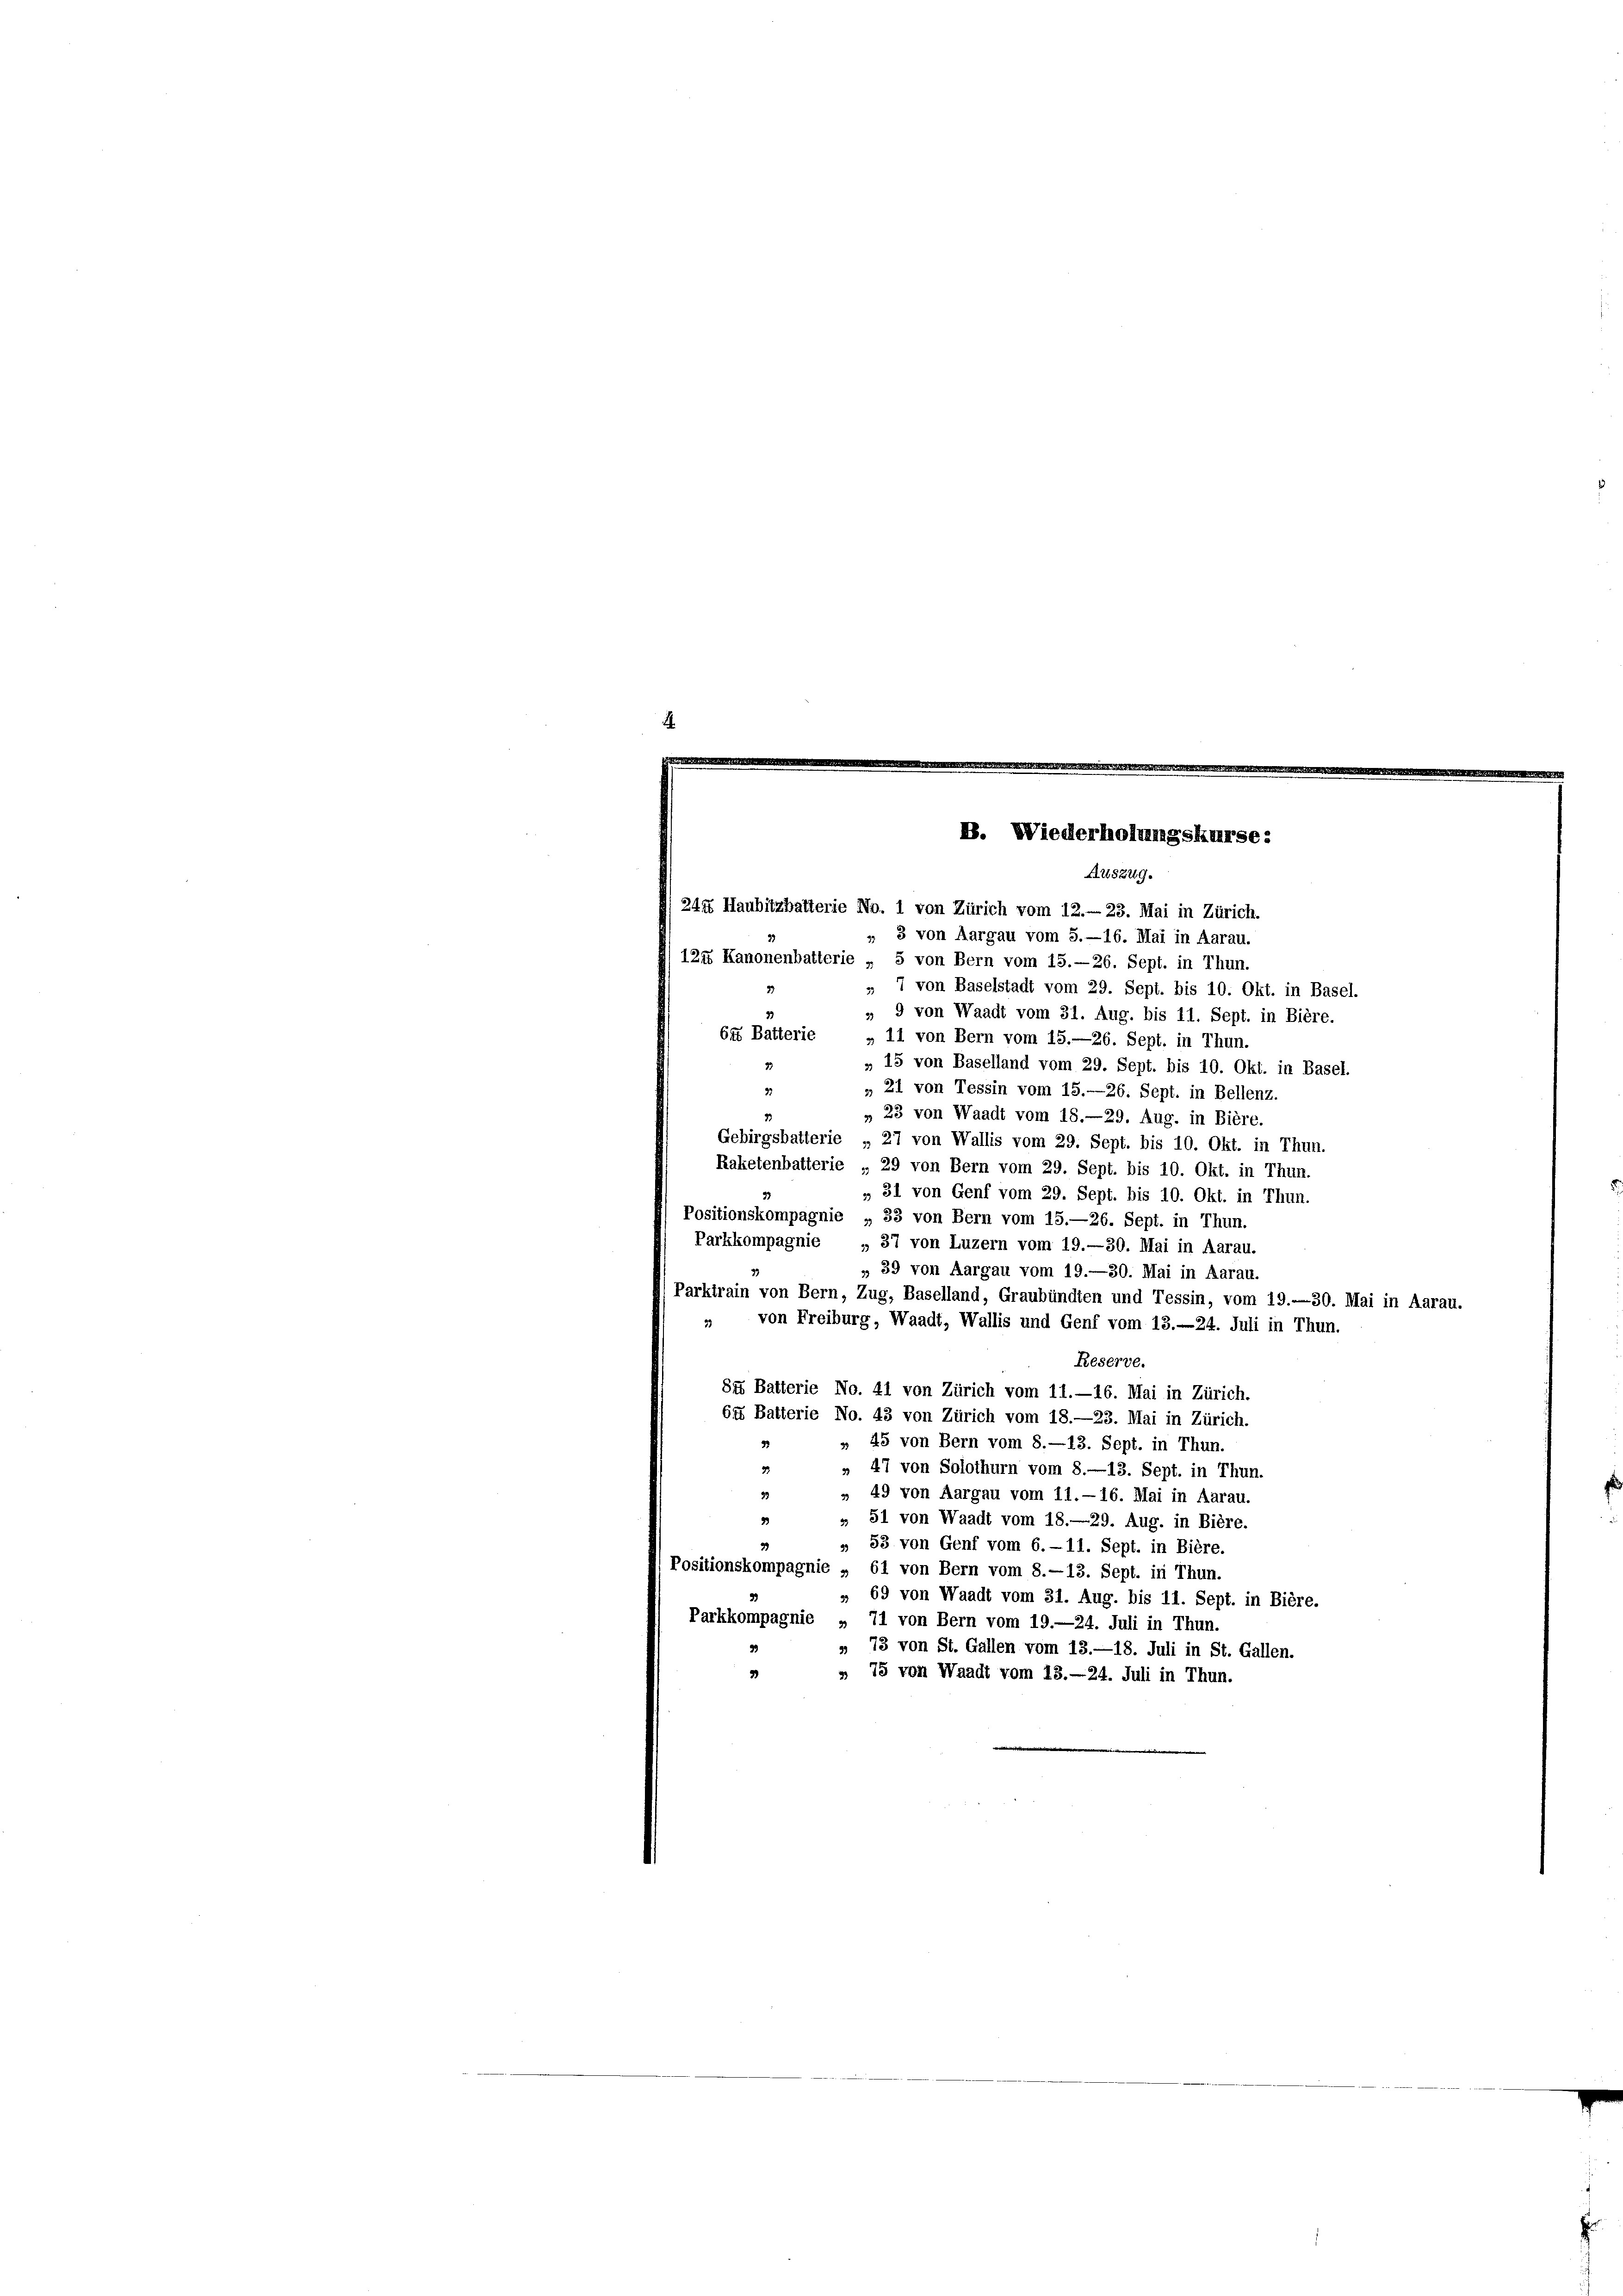
„ 3 von Aargau vom 5.—16. Mai in Aarau.
124 Kanonenbatterie „ 5 von Bern vom 15.—26. Sept. in Thun.
» 7 von Baselstadt vom 29. Sept. bis 10. Okt. in Basel.
„ 9 von Waadt vom 31. Aug. bis 11. Sept. in Bière.
645 Batterie „11 von Bern vom 15.—26. Sept. in Thun.
„ 15 von Baselland vom 29. Sept. bis 10. Okt. in Basel.
» 21 von Tessin vom 15.—26. Sept. in Bellenz.
32
„ 23 von Waadt vom 18.—29. Aug. in Bière.
Gebirgsbatterie „27 von Wallis vom 29. Sept. bis 10. Okt. in Thun.
Raketenbatterie „29 von Bern vom 29. Sept. bis 10. Okt. in Thun.
„ 31 von Genf vom 29. Sept. bis 10. Okt. in Thun.
Positionskompagnie „ 33 von Bern vom 15.—26. Sept. in Thun.
Parkkompagnie „ 37 von Luzern vom 19.—30. Mai in Aarau.
„ 39 von Aargau vom 19.—30. Mai in Aarau-
Parktrain von Bern, Zug, Baselland, Graubünden und Tessin, vom 19.-30. Mai in Aarau.
" von Freiburg, Waadt, Wallis und Genf vom 13.—24. Juli in Thun.
Reserve.
84 Batterie No. 41 von Zürich vom 11.—16. Mai in Zürich.
64 Batterie No. 43 von Zürich vom 18.—23. Mai in Zürich.
» 45 von Bern vom 8.—13. Sept. in Thun.
3
» 47 von Solothurn vom 8.—13. Sept. in Thun.
„ 49 von Aargau vom 11.-16. Mai in Aarau.
3
» 51 von Waadt vom 18.—29. Aug. in Bière.
» 53 von Genf vom 6.- 11. Sept. in Bière.
Positionskompagnie „ 61 von Bern vom 8.—13. Sept. in Thun.
» 69 von Waadt vom 31. Aug. bis 11. Sept. in Bière.
Parkkompagnie „ 71 von Bern vom 19.—24. Juli in Thun.
» 73 von St. Gallen vom 13.—18. Juli in St. Gallen.
3
» 75 von Waadt vom 13. 24. Juli in Thun.

B. Wiederholungskurse:
Auszug.
244 Haubitzbalterie No. 1 von Zürich vom 12.- 23. Mai in Zürich.